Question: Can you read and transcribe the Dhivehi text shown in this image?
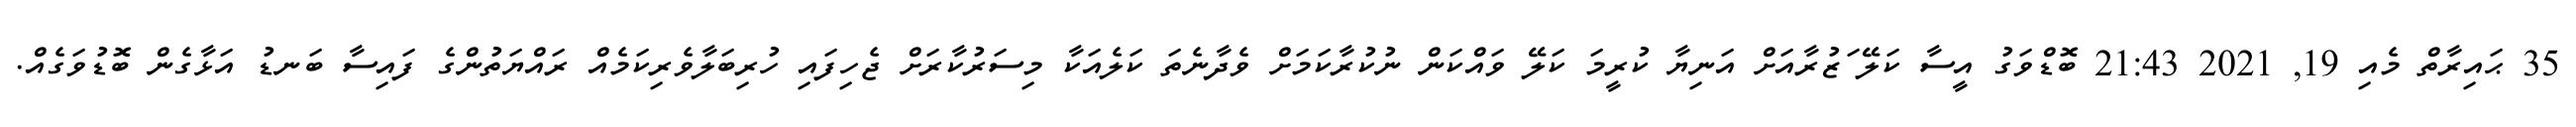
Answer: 35 ޙައިރާތް މެއި 19, 2021 21:43 ބޮޑްވަގު އީސާ ކަލޭ ަޒުރާއަށް އަނިޔާ ކުރީމަ ކަލޭ ވައްކަން ނުކުރާކަމަށް ވެދާނެތަ ކަލެއަކާ މިސަރުކާރަށް ޖެހިފައި ހުރިބަލާވެރިކަމެއް ރައްޔަތުންގެ ފައިސާ ބަނޑު އަޅާގެން ބޮޑުވަގެއް.